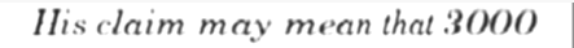
His claim may mean that 3000